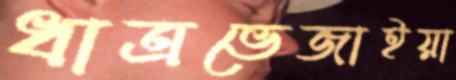
ধাত্রভেজাইয়া